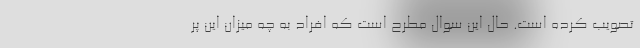
تصویب کرده است. حال این سوال مطرح است که افراد به چه میزان این پر